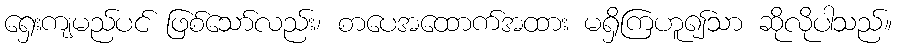
ရှေးကျမည်ပင် ဖြစ်သော်လည်း၊ စာပေအထောက်အထား မရှိကြဟူ၍သာ ဆိုလိုပါသည်။